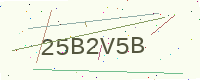
Text: 25B2V5B